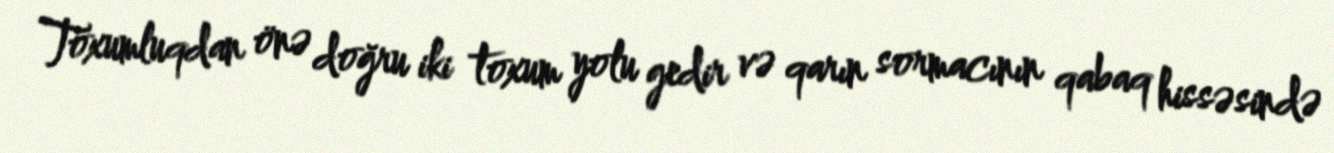
Toxumluqdan önə doğru iki toxum yolu gedir və qarın sormacının qabaq hissəsində